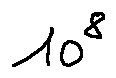
1 0 ^ { 8 }